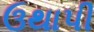
ઉથાપી